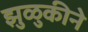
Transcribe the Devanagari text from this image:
झुळुकीने